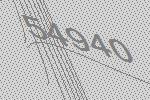
54940